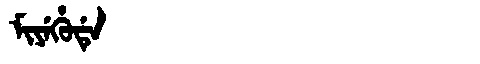
Manchu: ᠮᡳᠶᡝᡥᡠᡩᡝ
Romanization: MIYEHUDE